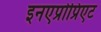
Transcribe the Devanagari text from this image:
इनएप्रोप्रिएट